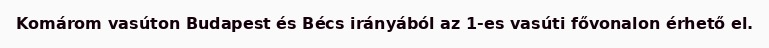
Komárom vasúton Budapest és Bécs irányából az 1-es vasúti fővonalon érhető el.